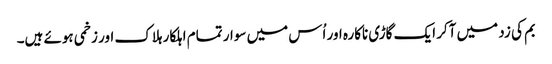
بم کی زد میں آکر ایک گاڑی ناکارہ اور اُس میں سوار تمام اہلکار ہلاک اور زخمی ہوئے ہیں۔